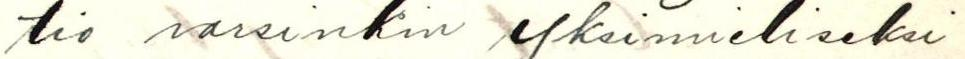
tio varsinkin yksimieliseksi